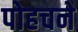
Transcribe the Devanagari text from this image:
पोहचने